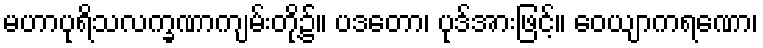
မဟာပုရိသလက္ခဏာကျမ်းတို့၌။ ပဒတော၊ ပုဒ်အားဖြင့်။ ဝေယျာကရဏော၊